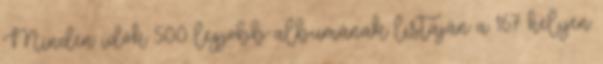
Minden idők 500 legjobb albumának listáján a 167. helyen